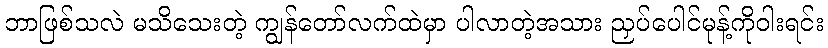
ဘာဖြစ်သလဲ မသိသေးတဲ့ ကျွန်တော်လက်ထဲမှာ ပါလာတဲ့အသား ညှပ်ပေါင်မုန့်ကိုဝါးရင်း